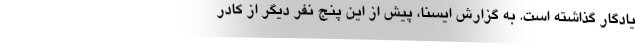
یادگار گذاشته است. به گزارش ایسنا، پیش از این پنج نفر دیگر از کادر